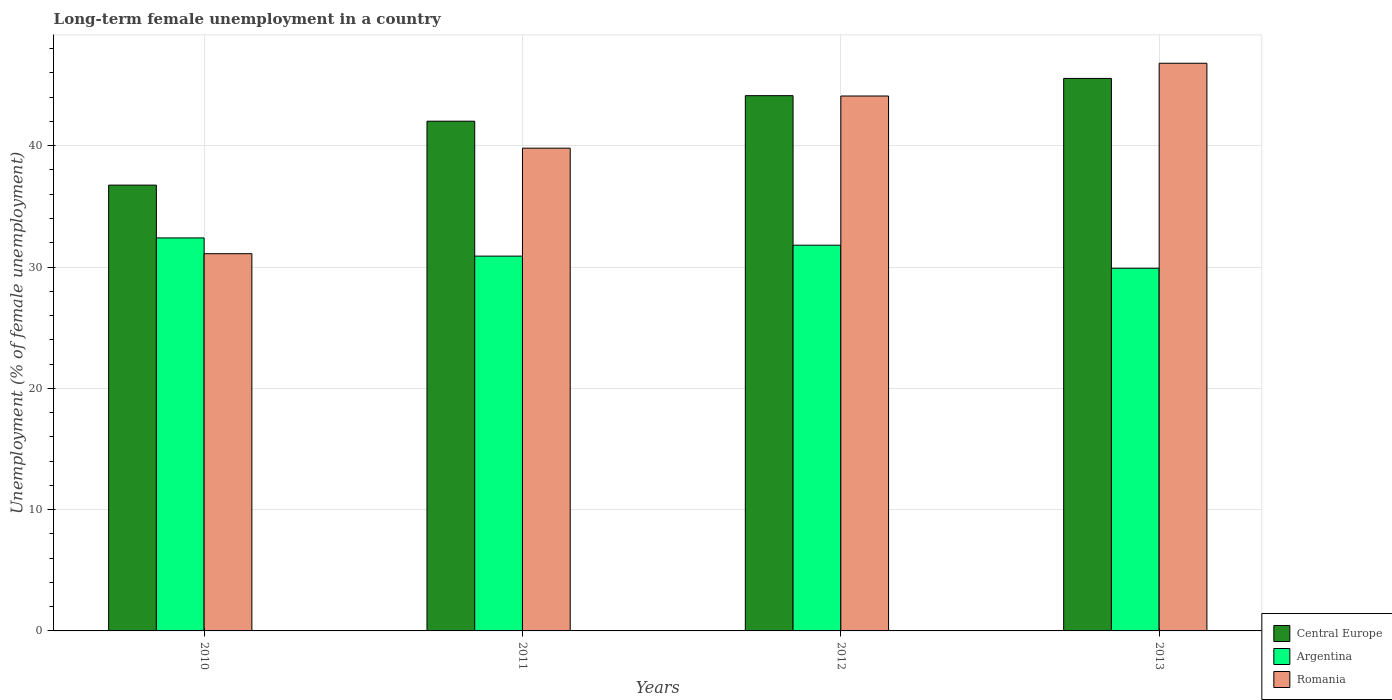
| Years | Central Europe | Argentina | Romania |
 | --- | --- | --- | --- |
 | 2010 | 36.8 | 32.4 | 31.1 |
 | 2011 | 42 | 30.9 | 39.8 |
 | 2012 | 44.1 | 31.8 | 44.1 |
 | 2013 | 45.5 | 29.9 | 46.8 |